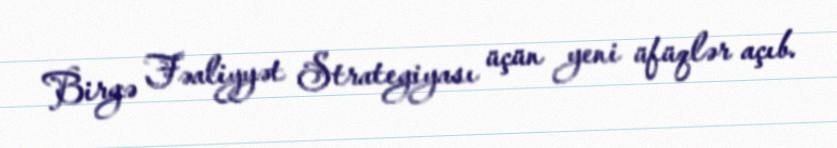
Birgə Fəaliyyət Strategiyası üçün yeni üfüqlər açıb.